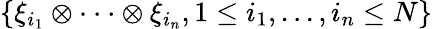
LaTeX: \{ \xi_{i_{1}}\otimes\cdot\cdot\cdot\otimes\xi_{i_{n}},1\leq i_{1},...,i_{n}\leq N\}